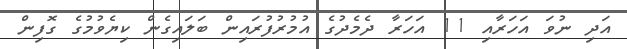
އަދި ނުވަ އަހަރާއި 11 އަހަރާ ދެމެދުގެ އުމުރުފުރައިން ބަލައިގެން ކިޔެވުމުގެ ގޮފިން